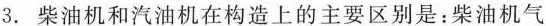
3.柴油机和汽油机在构造上的主要区别是：柴油机气